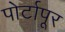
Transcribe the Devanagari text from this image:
पोर्टापूर